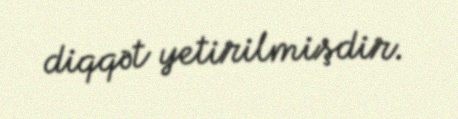
diqqət yetirilmişdir.